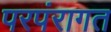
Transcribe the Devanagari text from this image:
परपंरागत